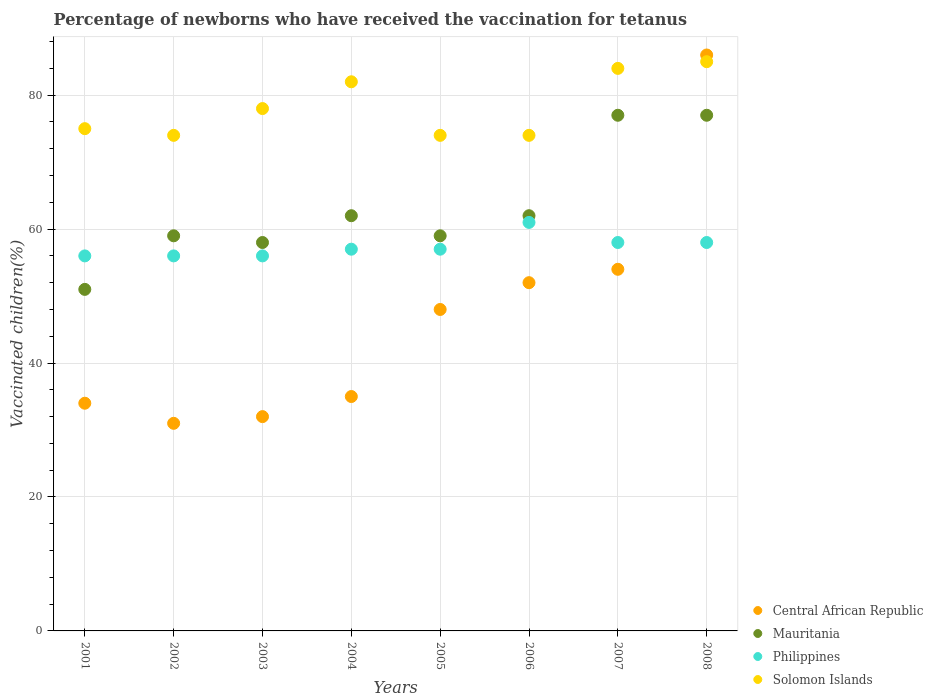
| Years | Central African Republic | Mauritania | Philippines | Solomon Islands |
 | --- | --- | --- | --- | --- |
 | 2001 | 34 | 51 | 56 | 75 |
 | 2002 | 31 | 59 | 56 | 74 |
 | 2003 | 32 | 58 | 56 | 78 |
 | 2004 | 35 | 62 | 57 | 82 |
 | 2005 | 48 | 59 | 57 | 74 |
 | 2006 | 52 | 62 | 61 | 74 |
 | 2007 | 54 | 77 | 58 | 84 |
 | 2008 | 86 | 77 | 58 | 85 |